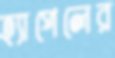
হ্যাপেলের